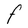
Character: F